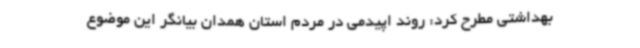
بهداشتی مطرح کرد: روند اپیدمی در مردم استان همدان بیانگر این موضوع